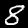
Label: 8